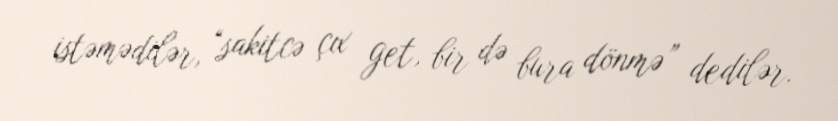
istəmədilər, “sakitcə çıx get, bir də bura dönmə” dedilər.